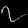
Digit: ၇